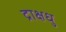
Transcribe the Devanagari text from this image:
द्राक्षधु